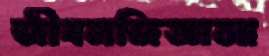
জীবনজিজ্ঞাসা